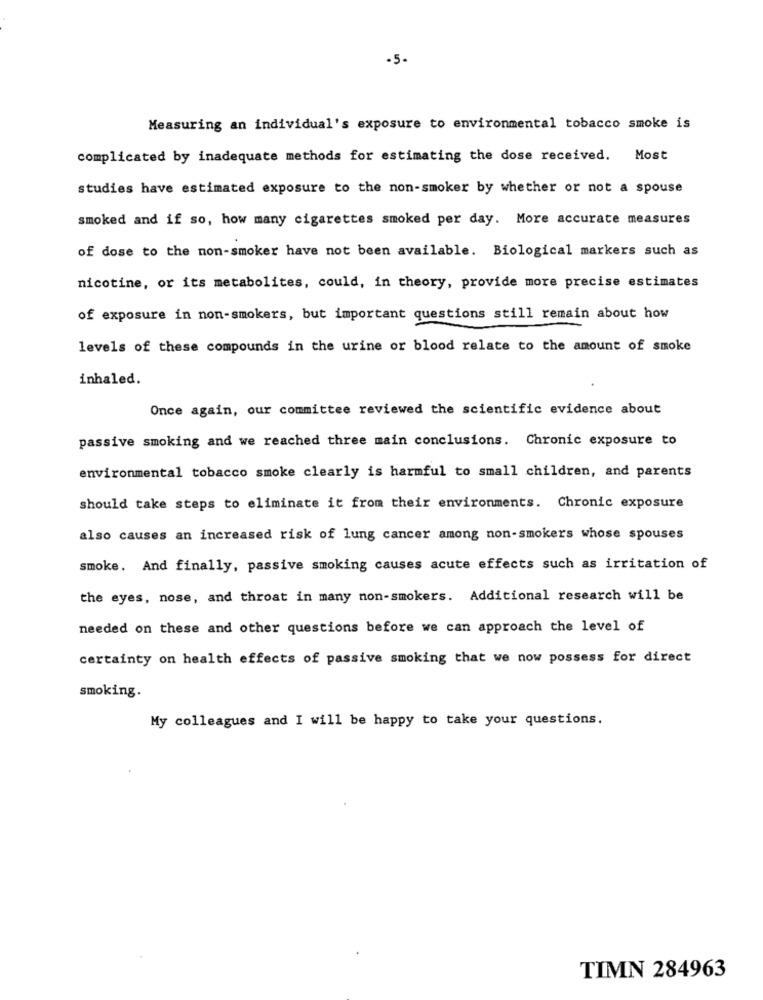
-5.
Measuring an individual's exposure to environmental tobacco smoke is
complicated by inadequate methods for estimating the dose received. Most
studies have estimated exposure to the non-smoker by whether or not a spouse
smoked and if so, how many cigarettes smoked per day. More accurate measures
of dose to the non-smoker have not been available. Biological markers such as
nicotine, or its metabolites, could, in theory, provide more precise estimates
of exposure in non-smokers, but important questions still remain about how
levels of these compounds in the urine or blood relate to the amount of smoke
inhaled.
Once again, our committee reviewed the scientific evidence about
passive smoking and we reached three main conclusions. Chronic exposure to
environmental tobacco smoke clearly is harmful to small children, and parents
should take steps to eliminate it from their environments. Chronic exposure
also causes an increased risk of lung cancer among non-smokers whose spouses
smoke. And finally, passive smoking causes acute effects such as irritation of
the eyes, nose, and throat in many non-smokers. Additional research will be
needed on these and other questions before we can approach the level of
certainty on health effects of passive smoking that we now possess for direct
smoking.
My colleagues and I will be happy to take your questions.
TIMN 284963